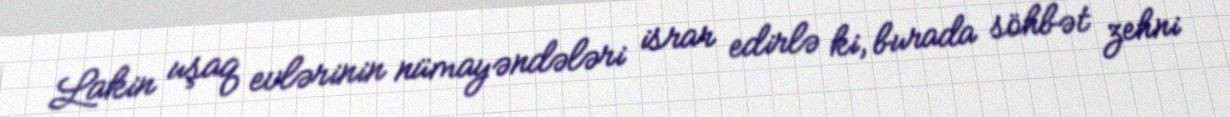
Lakin uşaq evlərinin nümayəndələri israr edirlə ki, burada söhbət zehni